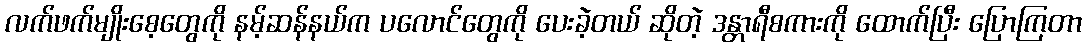
လက်ဖက်မျိုးစေ့တွေကို နမ့်ဆန်နယ်က ပလောင်တွေကို ပေးခဲ့တယ် ဆိုတဲ့ ဒန္တာရီစကားကို ထောက်ပြီး ပြောကြတာ